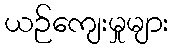
ယဉ်ကျေးမှုများ